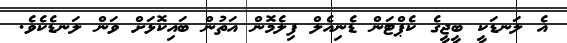
އެ ލަނޑަކީ ބީޖީގެ ކެޕްޓަން ޑެނިއެލް ފިލެމޮން އަތުން ބައިކޮޅަށް ވަން ލަނޑެކެވެ.